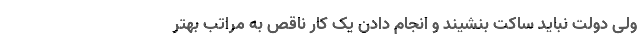
ولی دولت نباید ساکت بنشیند و انجام دادن یک کار ناقص به مراتب بهتر